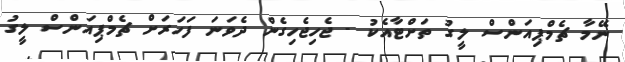
ނޭމާ ޗެމްޕިއަންސް ލީގު ތަށްޓާއެކު - ޖެހިޖެހިގެން ދެވަނަ ފަހަރަށް ޗެމްޕިއަންސް ލީގު